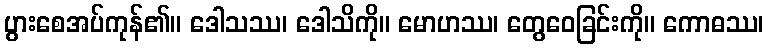
ပွားစေအပ်ကုန်၏။ ဒေါသဿ၊ ဒေါသိကို။ မောဟဿ၊ တွေဝေခြင်းကို။ ကောဓဿ၊